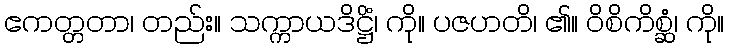
ဧကတ္တတာ၊ တည်း။ သက္ကာယဒိဋ္ဌိံ၊ ကို။ ပဇဟတိ၊ ၏။ ဝိစိကိစ္ဆံ၊ ကို။